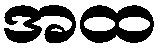
အထ